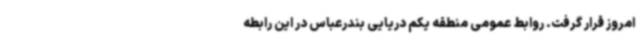
امروز قرار گرفت. روابط عمومی منطقه یکم دریایی بندرعباس در این رابطه